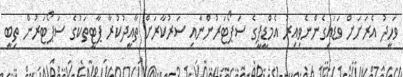
ވަހީދު އެރަށަށް ވަޑައިގެންނެވިއިރު އެމްޑީޕީގެ ސަޕޯޓަރުންނާއި ސަރުކާރަށް ތާއީދުކުރާ ޕާޓީތަކުގެ ސަޕޯޓަރުން ތިބީ